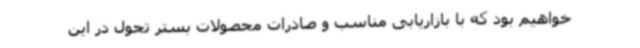
خواهیم بود که با بازاریابی مناسب و صادرات محصولات بستر تحول در این